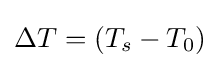
\Delta T=(T_{s}-T_{0})